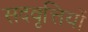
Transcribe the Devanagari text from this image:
सदवृत्तियों